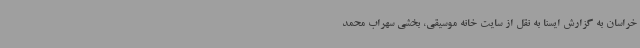
خراسان به گزارش ایسنا به نقل از سایت خانه موسیقی، بخشی سهراب محمد